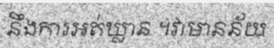
នឹងការអត់ឃ្លាន ។វាមានន័យ